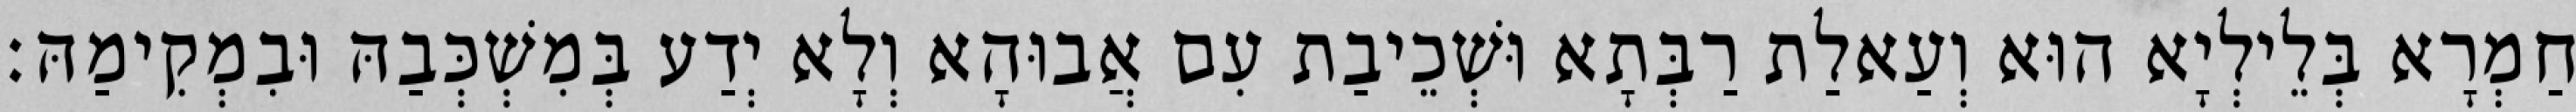
חַמְרָא בְּלֵילְיָא הוּא וְעַאלַת רַבְּתָא וּשְׁכֵיבַת עִם אֲבוּהָא וְלָא יְדַע בְּמִשְׁכְּבַהּ וּבִמְקִימַהּ׃